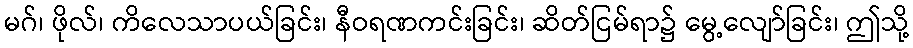
မဂ်၊ ဖိုလ်၊ ကိလေသာပယ်ခြင်း၊ နီဝရဏကင်းခြင်း၊ ဆိတ်ငြမ်ရာ၌ မွေ့လျော်ခြင်း၊ ဤသို့